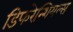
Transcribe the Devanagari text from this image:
डिफरेन्शियल्स